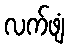
လက်ဖျံ